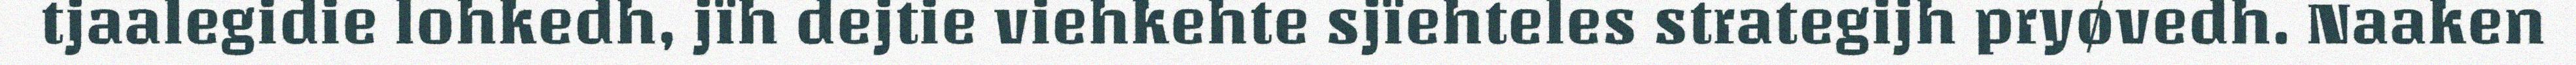
tjaalegidie lohkedh, jïh dejtie viehkehte sjïehteles strategijh pryøvedh. Naaken